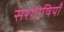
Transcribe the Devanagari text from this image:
सरग़ोषियाँ